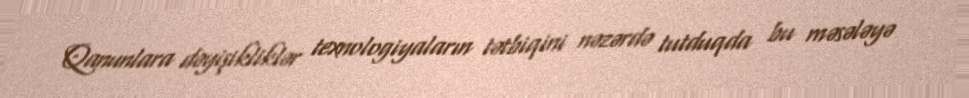
Qanunlara dəyişikliklər texnologiyaların tətbiqini nəzərdə tutduqda bu məsələyə